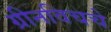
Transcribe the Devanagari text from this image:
ग्रीनविचचे